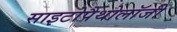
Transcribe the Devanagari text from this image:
साइटोपैथोलॉजी